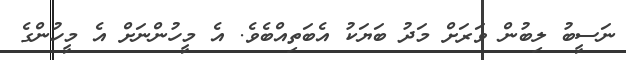
ނަސީބު ލިބުން ވަރަށް މަދު ބަޔަކު އެބަތިއްބެވެ. އެ މީހުންނަށް އެ މީހުންގެ